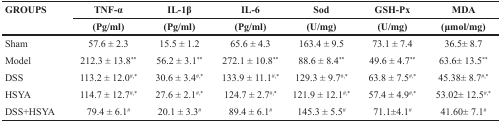
| <ROWSPAN=2> GROUPS | TNF-α | IL-1β | IL-6 | Sod | GSH-Px | MDA |
 | (Pg/ml) | (Pg/ml) | (Pg/ml) | (U/mg) | (U/mg) | (μmol/mg) |
 | --- | --- | --- | --- | --- | --- | --- |
 | Sham | 57.6 ± 2.3 | 15.5 ± 1.2 | 65.6 ± 4.3 | 163.4 ± 9.5 | 73.1 ± 7.4 | 36.5± 8.7 |
 | Model | 212.3 ± 13.8** | 56.2 ± 3.1** | 272.1 ± 10.8** | 88.6 ± 8.4** | 49.6 ± 4.7** | 63.6± 13.5** |
 | DSS | 113.2 ± 12.0#,* | 30.6 ± 3.4#,* | 133.9 ± 11.1#,* | 129.3 ± 9.7#,* | 63.8 ± 7.5#,* | 45.38± 8.7#,* |
 | HSYA | 114.7 ± 12.7#,* | 27.6 ± 2.1#,* | 124.7 ± 2.7#,* | 121.9 ± 12.1#,* | 57.4 ± 4.9#,* | 53.02± 12.5#,* |
 | DSS+HSYA | 79.4 ± 6.1# | 20.1 ± 3.3# | 89.4 ± 6.1# | 145.3 ± 5.5# | 71.1±4.1# | 41.60± 7.1# |